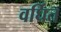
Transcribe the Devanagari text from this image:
वर्घित